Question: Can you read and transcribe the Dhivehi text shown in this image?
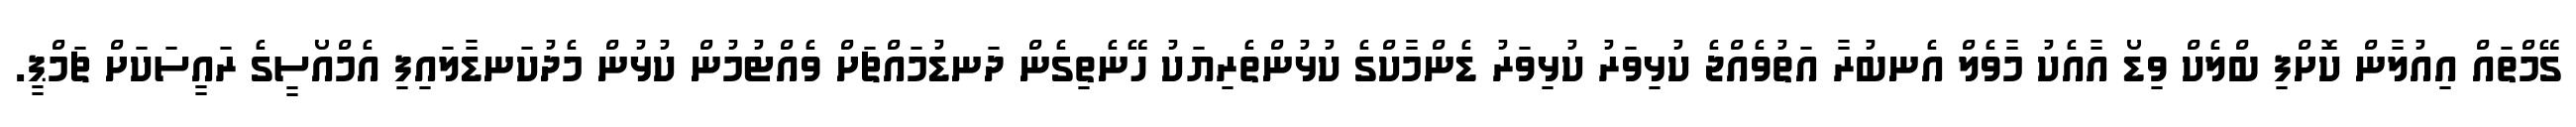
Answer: ގޭމްތައް އިއުލާން ކޮށްފި ބްލެކް ވިޑޯ އާއެކު މާވެލް އެނބުރާ އަތުވެއްޖެ ކުޅިވަރު ކުޅިވަރު ޑެންމާކްގެ ކުޅުންތެރިޔަކު ހޭނެތިގެން ދަނޑުމައްޗަށް ވެއްޓުމުން ކުޅުން މެދުކަނޑާލައިފި އެމްއޯސީގެ ރައީސަކަށް ޗަމްޕީ.